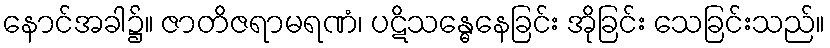
နောင်အခါ၌။ ဇာတိဇရာမရဏံ၊ ပဋိသန္ဓေနေခြင်း အိုခြင်း သေခြင်းသည်။